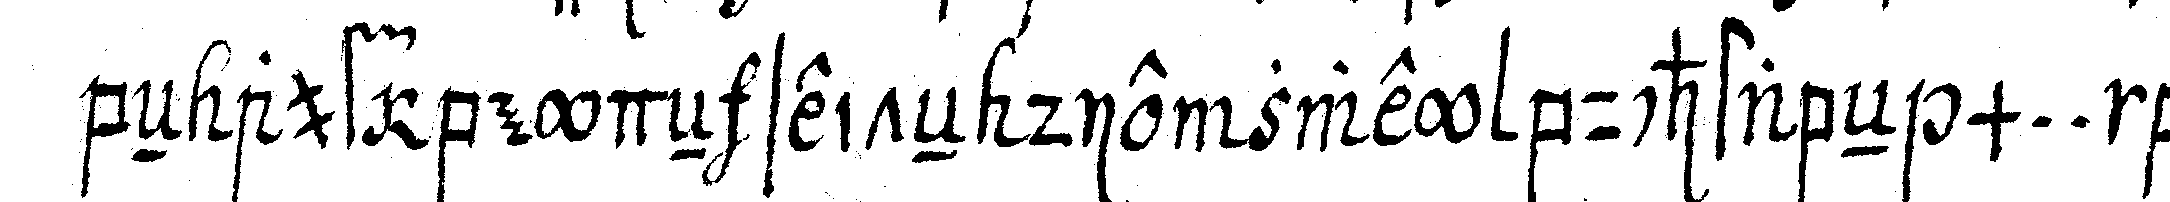
beN auf beydeN seiteN die zwey buchstabeN m .. b ...